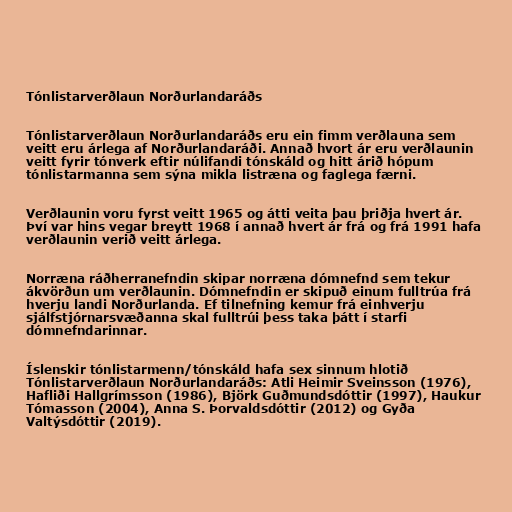
Tónlistarverðlaun Norðurlandaráðs

Tónlistarverðlaun Norðurlandaráðs eru ein fimm verðlauna sem
veitt eru árlega af Norðurlandaráði. Annað hvort ár eru verðlaunin
veitt fyrir tónverk eftir núlifandi tónskáld og hitt árið hópum
tónlistarmanna sem sýna mikla listræna og faglega færni.

Verðlaunin voru fyrst veitt 1965 og átti veita þau þriðja hvert ár.
Því var hins vegar breytt 1968 í annað hvert ár frá og frá 1991 hafa
verðlaunin verið veitt árlega.

Norræna ráðherranefndin skipar norræna dómnefnd sem tekur
ákvörðun um verðlaunin. Dómnefndin er skipuð einum fulltrúa frá
hverju landi Norðurlanda. Ef tilnefning kemur frá einhverju
sjálfstjórnarsvæðanna skal fulltrúi þess taka þátt í starfi
dómnefndarinnar.

Íslenskir tónlistarmenn/tónskáld hafa sex sinnum hlotið
Tónlistarverðlaun Norðurlandaráðs: Atli Heimir Sveinsson (1976),
Hafliði Hallgrímsson (1986), Björk Guðmundsdóttir (1997), Haukur
Tómasson (2004), Anna S. Þorvaldsdóttir (2012) og Gyða
Valtýsdóttir (2019).